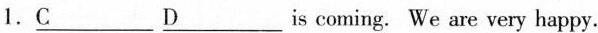
1.\underline{C} \underline{D} is coming. We are very happy.